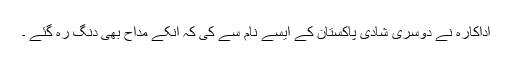
اداکارہ نے دوسری شادی پاکستان کے ایسے نام سے کی کہ انکے مداح بھی دنگ رہ گئے ۔